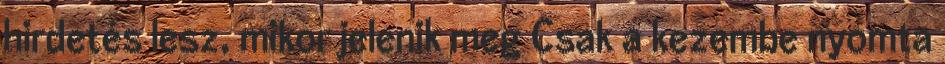
hirdetés lesz, mikor jelenik meg Csak a kezembe nyomta